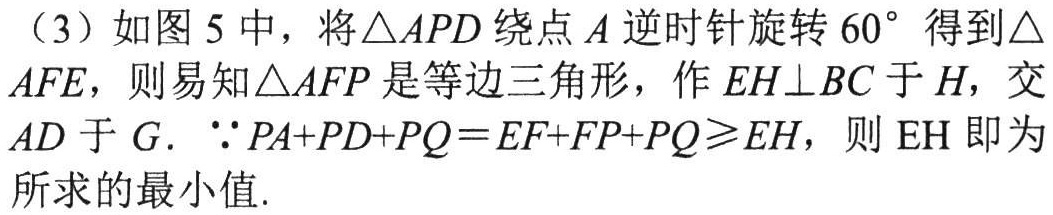
（3）如图5中，将\(\triangle APD\)绕点\(A\)逆时针旋转\(60^{\circ}\)得到\(\triangle AFE\)，则易知\(\triangle AFP\)是等边三角形，作\(EH\perp BC\)于\(H\)，交\(AD\)于\(G\). \(\because PA + PD+PQ = EF + FP + PQ\geqslant EH\)，则\(EH\)即为所求的最小值.